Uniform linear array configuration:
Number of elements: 8
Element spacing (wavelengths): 0.5
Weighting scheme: kaiser
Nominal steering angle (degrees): -30
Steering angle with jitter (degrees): -31.581
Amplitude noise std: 0.05
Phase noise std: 0.05

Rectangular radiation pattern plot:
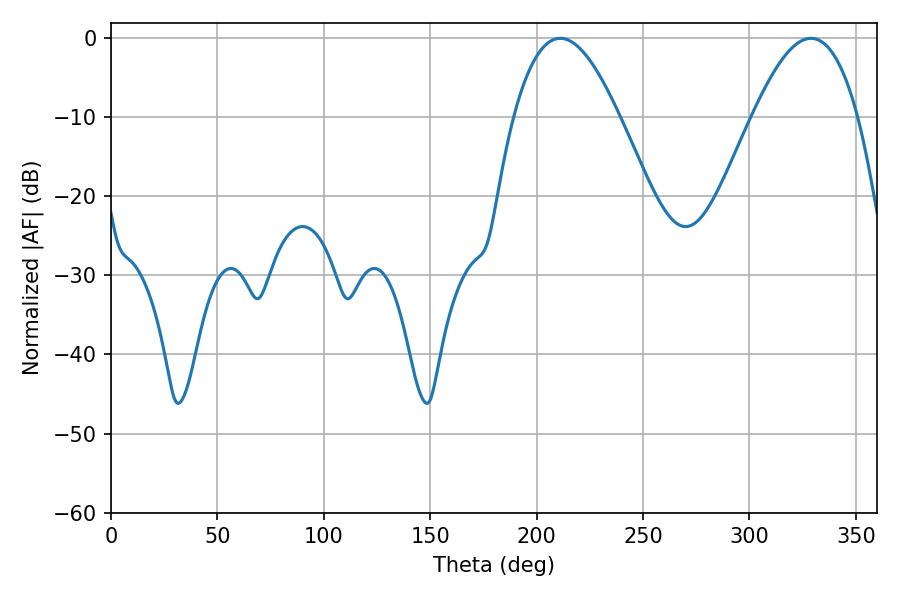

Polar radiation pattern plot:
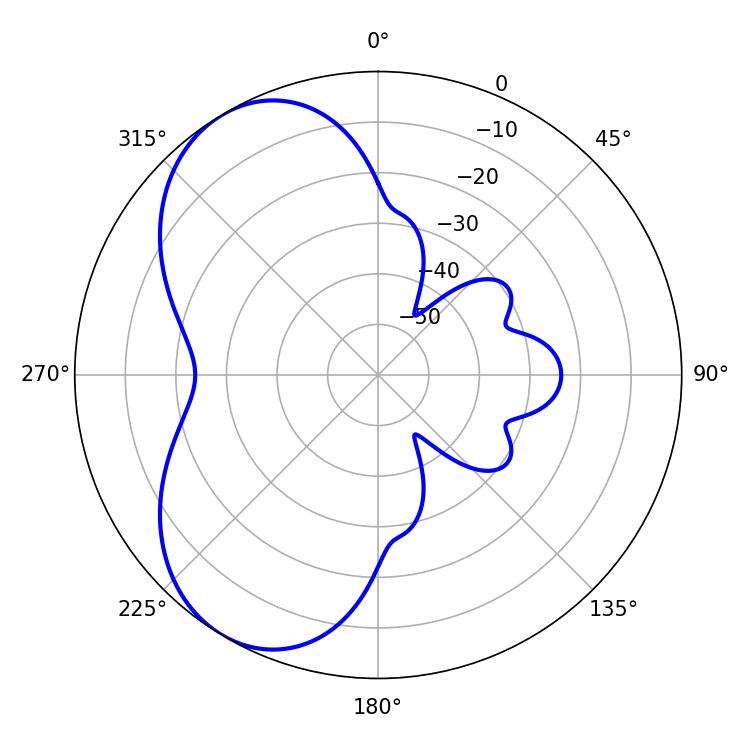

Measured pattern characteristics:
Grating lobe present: FALSE
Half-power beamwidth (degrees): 27
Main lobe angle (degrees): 211.14